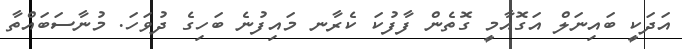
އަދަކީ ބައިނަލް އަގޮއާމީ ގޮތެން ފާފުކަ ކެރާނ މައިފުނެ ބަހިގެ ދުވަހަ. މުނާސަބައްތާ